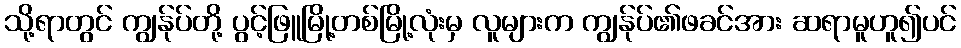
သို့ရာတွင် ကျွန်ုပ်တို့ ပွင့်ဖြူမြို့တစ်မြို့လုံးမှ လူများက ကျွန်ုပ်၏ဖခင်အား ဆရာမူဟူ၍ပင်